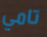
تامي